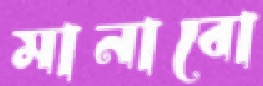
মানাবো